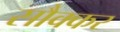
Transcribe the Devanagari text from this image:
सौक्कर